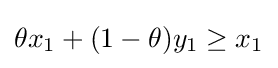
\theta x_{1}+(1-\theta )y_{1}\geq x_{1}